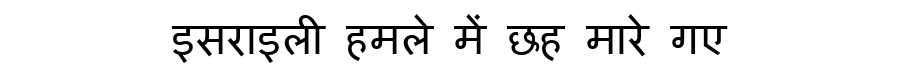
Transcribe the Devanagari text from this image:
इसराइली हमले में छह मारे गए